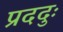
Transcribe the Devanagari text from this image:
प्रददुः